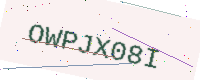
Text: OWPJX08I